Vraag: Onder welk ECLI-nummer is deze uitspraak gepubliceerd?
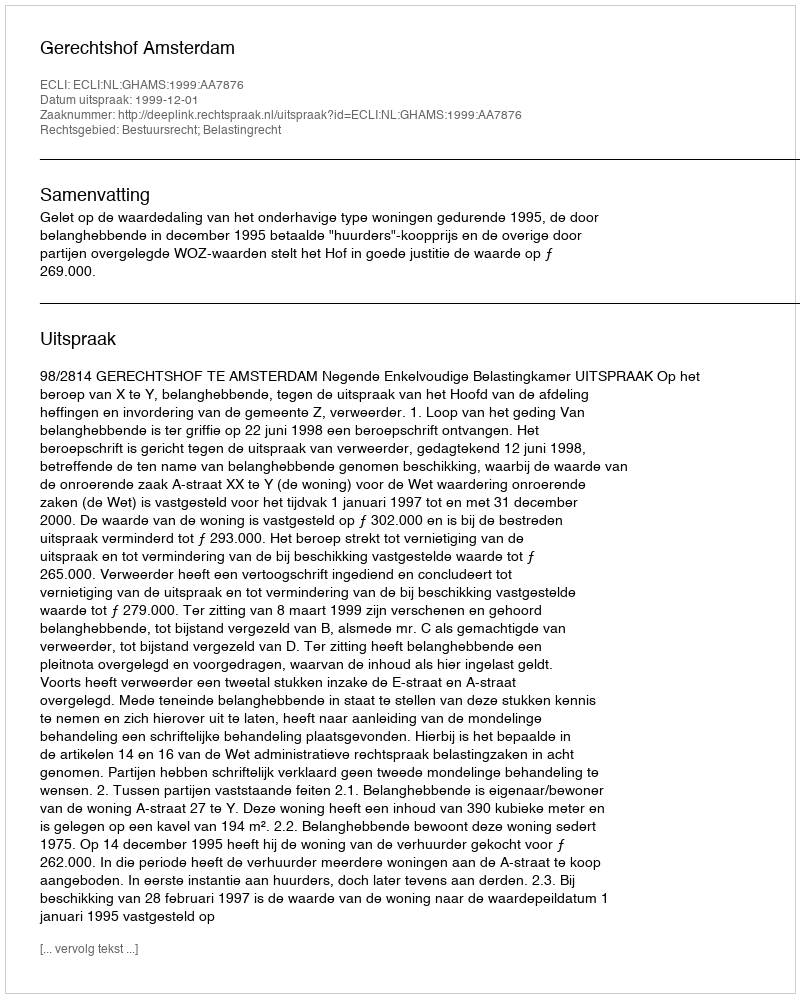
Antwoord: ECLI:NL:GHAMS:1999:AA7876